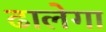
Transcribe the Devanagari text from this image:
ढालेगा